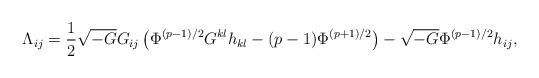
LaTeX: \begin{align*}{\Lambda}_{ij}=\frac{1}{2}\sqrt{-G}G_{ij}\left({\Phi}^{(p-1)/2}G^{kl}h_{kl}-(p-1){\Phi}^{(p+1)/2}\right)-\sqrt{-G}{\Phi}^{(p-1)/2}h_{ij},\end{align*}